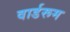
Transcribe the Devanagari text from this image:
वार्डरूम